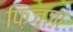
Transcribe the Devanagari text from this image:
फ़िज़्ज़ा